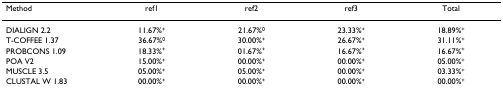
| Method | ref1 | ref2 | ref3 | Total |
 | --- | --- | --- | --- | --- |
 | DIALIGN 2.2 | 11.67%+ | 21.67%0 | 23.33%+ | 18.89%+ |
 | T-COFFEE 1.37 | 36.67%0 | 30.00%+ | 26.67%+ | 31.11%+ |
 | PROBCONS 1.09 | 18.33%+ | 01.67%+ | 16.67%+ | 16.67%+ |
 | POA V2 | 15.00%+ | 00.00%+ | 00.00%+ | 05.00%+ |
 | MUSCLE 3.5 | 05.00%+ | 05.00%+ | 00.00%+ | 03.33%+ |
 | CLUSTAL W 1.83 | 00.00%+ | 00.00%+ | 00.00%+ | 00.00%+ |